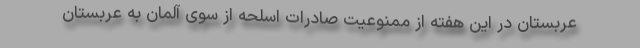
عربستان در این هفته از ممنوعیت صادرات اسلحه از سوی آلمان به عربستان